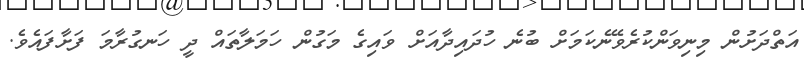
އަތްދަށުން މިނިވަންކުރެވޭނެކަމަށް ބުނެ ހުދައިދާއަށް ވައިގެ މަގުން ހަމަލާތައް ދީ ހަނގުރާމަ ފަށާފައެވެ.